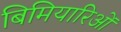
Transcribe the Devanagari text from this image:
बिमियारिओं